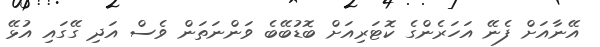
އޭނާއަށް ފެނޭ އަހަރެންގެ ކޮޓަރިއަށް ބޮޑުބޭބެ ވަންނަތަން ވެސް އަދި ގޭގައި އުޅޭ